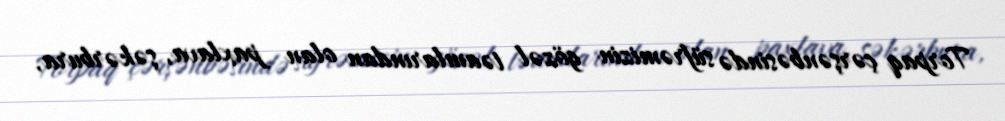
Torpaq çərşənbəsində süfrəmizin gözəl təamlarından olan paxlava, şəkərbura,